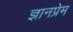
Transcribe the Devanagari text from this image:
ज्ञानप्रेम